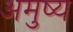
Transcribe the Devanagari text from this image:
अमुष्य